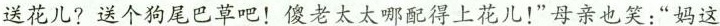
送花儿?送个狗尾巴草吧!傻老太太哪配得上花儿!”母亲也笑.“妈这